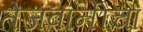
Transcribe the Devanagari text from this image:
तेजवानीचा